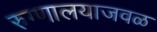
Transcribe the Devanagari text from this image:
रुग्णालयाजवळ